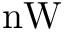
\mathrm { n W }